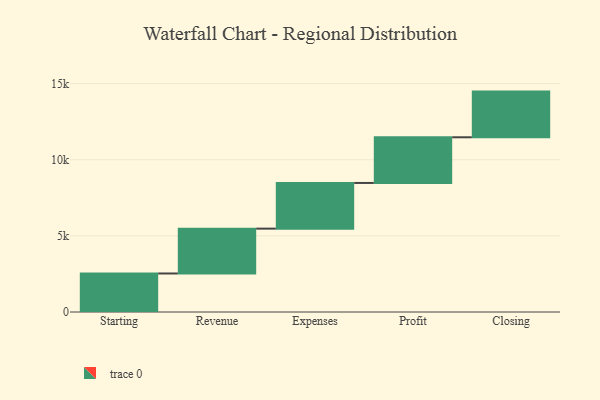
{"axis": {"x": "Step", "y": "Value"}, "legend": [""], "data": [{"x": "Starting", "y": 2530.0, "type": ""}, {"x": "Revenue", "y": 2946.0, "type": ""}, {"x": "Expenses", "y": 3000, "type": ""}, {"x": "Profit", "y": 3000, "type": ""}, {"x": "Closing", "y": 3000, "type": ""}]}